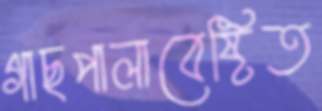
গাছপালাবেষ্টিত